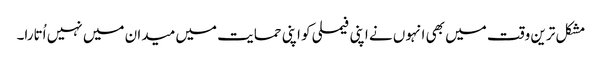
مشکل ترین وقت میں بھی انہوں نے اپنی فیملی کو اپنی حمایت میں میدان میں نہیں اُتارا۔